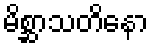
မိစ္ဆာသတိနော